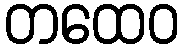
တထေဝ